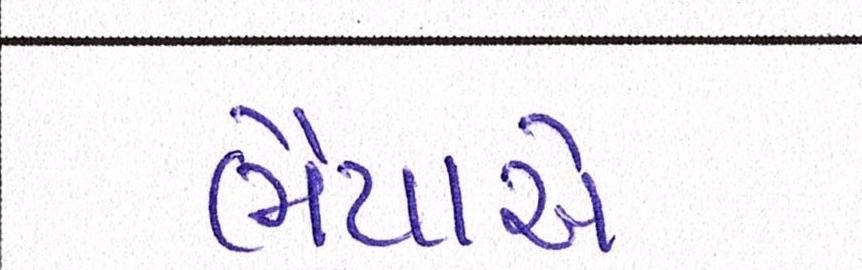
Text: ભૈયાએ